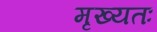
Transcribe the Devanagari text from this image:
मृख्यतः